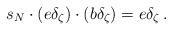
LaTeX: \begin{align*} s_N \cdot (e\delta_\zeta) \cdot (b\delta_\zeta) = e\delta_\zeta \,.\end{align*}